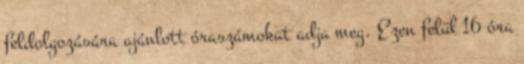
feldolgozására ajánlott óraszámokat adja meg. Ezen felül 16 óra